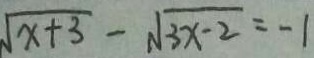
\sqrt { x + 3 } - \sqrt { 3 x - 2 } = - 1